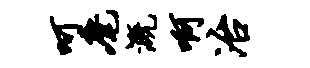
呵麾溉啊冶